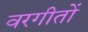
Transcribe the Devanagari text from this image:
वरगीतों